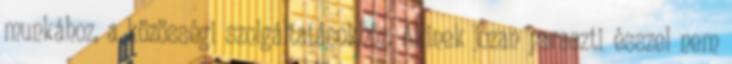
munkához, a közösségi szolgáltatásokhoz. Akinek józan paraszti ésszel nem